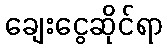
ချေးငွေဆိုင်ရာ